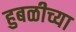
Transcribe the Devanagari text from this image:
हुबळीच्या